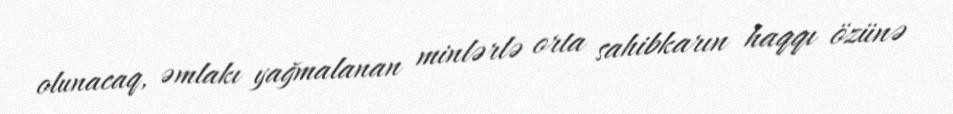
olunacaq, əmlakı yağmalanan minlərlə orta sahibkarın haqqı özünə